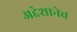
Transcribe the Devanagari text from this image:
अद्देशानेच